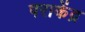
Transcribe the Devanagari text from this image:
पराकेंद्र